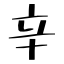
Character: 辛